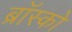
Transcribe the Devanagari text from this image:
ब्रॉस्को